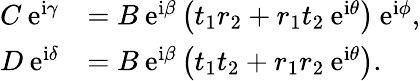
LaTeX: \begin{array}{rl}{C\: \mathrm{e}^{\mathrm{i}\gamma}}&{=B\: \mathrm{e}^{\mathrm{i}\beta}\left(t_{1}r_{2}+r_{1}t_{2}\: \mathrm{e}^{\mathrm{i}\theta}\right)\: \mathrm{e}^{\mathrm{i}\phi},}\\ {D\: \mathrm{e}^{\mathrm{i}\delta}}&{=B\: \mathrm{e}^{\mathrm{i}\beta}\left(t_{1}t_{2}+r_{1}r_{2}\: \mathrm{e}^{\mathrm{i}\theta}\right).}\end{array}